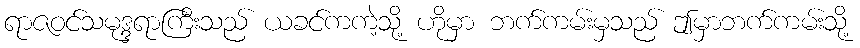
ရာဇဝင်သမုဒ္ဒရာကြီးသည် ယခင်ကကဲ့သို့ ဟိုမှာ ဘက်ကမ်းမှသည် ဤမှာဘက်ကမ်းသို့